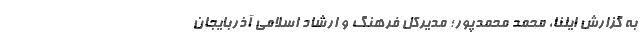
به گزارش ایلنا، محمد محمدپور؛ مدیرکل فرهنگ و ارشاد اسلامی آذربایجان